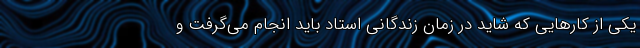
یکی از کارهایی که شاید در زمان زندگانی استاد باید انجام می‌گرفت و